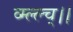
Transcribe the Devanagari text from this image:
व्म्ल्ल्च्।।